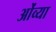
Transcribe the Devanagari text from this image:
ओंव्या